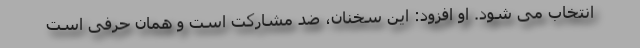
انتخاب می شود. او افزود: این سخنان، ضد مشارکت است و همان حرفی است